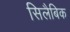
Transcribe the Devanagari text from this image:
सिलैबिक